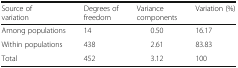
<table><thead><tr><td><b>Source of variation</b></td><td><b>Degrees of freedom</b></td><td><b>Variance components</b></td><td><b>Variation (%)</b></td></tr></thead><tbody><tr><td>Among populations</td><td>14</td><td>0.50</td><td>16.17</td></tr><tr><td>Within populations</td><td>438</td><td>2.61</td><td>83.83</td></tr><tr><td>Total</td><td>452</td><td>3.12</td><td>100</td></tr></tbody></table>